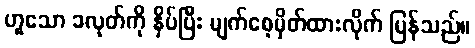
ဟူသော ခလုတ်ကို နှိပ်ပြီး မျက်စေ့မှိတ်ထားလိုက် ပြန်သည်။